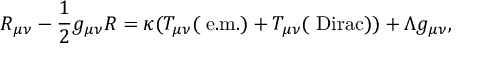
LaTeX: { \cal R } _ { \mu \nu } - \frac { 1 } { 2 } g _ { \mu \nu } { \cal R } = \kappa ( T _ { \mu \nu } ( \mathrm { \small ~ e . m . } ) + T _ { \mu \nu } ( \mathrm { \small ~ D i r a c } ) ) + \Lambda g _ { \mu \nu } ,